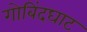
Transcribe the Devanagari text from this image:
गोबिंदघाट